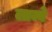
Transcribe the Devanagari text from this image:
लाम्बे